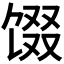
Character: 𬳂